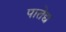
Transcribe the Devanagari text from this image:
पातेद्य